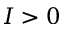
I > 0